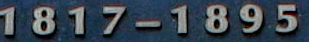
1817-1895